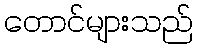
တောင်များသည်